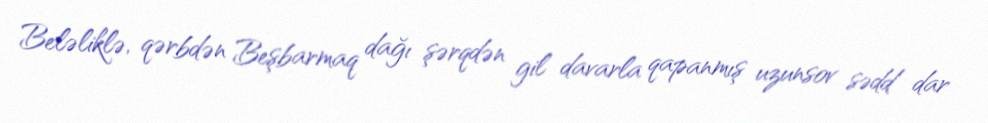
Beləliklə, qərbdən Beşbarmaq dağı şərqdən gil davarla qapanmış uzunsov sədd dar